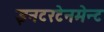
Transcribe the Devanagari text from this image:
इनटरटेनमेन्ट